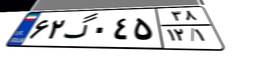
۵۶گ۱۶۸۷۲